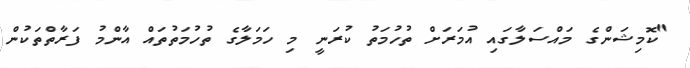
"ކޮމިޝަންގެ މައްސަލާގައި އުމަރަށް ތުހުމަތު ކުރަނީ މި ހަމަލާގެ ތުހުމަތުތައް އާންމު ފަރާތްތަކުން